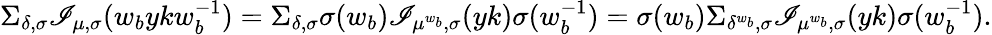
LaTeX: \Sigma_{\delta,\sigma}\mathscr{I}_{\mu,\sigma}(w_{b}ykw_{b}^{-1})=\Sigma_{\delta,\sigma}\sigma(w_{b})\mathscr{I}_{\mu^{w_{b}},\sigma}(yk)\sigma(w_{b}^{-1})=\sigma(w_{b})\Sigma_{\delta^{w_{b}},\sigma}\mathscr{I}_{\mu^{w_{b}},\sigma}(yk)\sigma(w_{b}^{-1}).